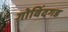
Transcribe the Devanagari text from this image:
गोविंदगड